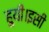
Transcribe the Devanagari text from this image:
हुयी।इसी